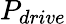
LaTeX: P_{drive}